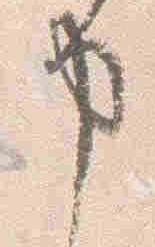
申